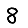
Digit: 8